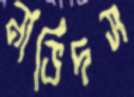
নাভিদস